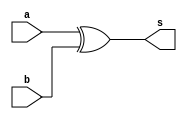
//------
//Exemplo0024
//Andre Campolina
//381247
//-------

//------
//comparador
//------

module halfComparador(output s, input a, input b);

	xor XOR1(s,a,b);
		
endmodule


module fullComparador(output s, input[2:0]a, input[2:0]b);
	wire w1;
	halfComparador h0(w1,a[0],b[0]);
	wire w2;
	halfComparador h1(w2,a[1],b[1]);
	wire w3;
	halfComparador h2(w3,a[2],b[2]);
	wire w4;
	and AND1(w4,w1,w2);
	and AND2(s,w4,w3);
	
endmodule

module test_fullComparador;
reg[2:0] x;
reg[2:0] y;
wire comp;

fullComparador f1(comp, x, y);

initial begin
#1 $display("exemplo0024 - Andre Campolina - 381217" );
#1 $display("Full Comparador");

x=3'b100;
y=3'b011;


#4 $display("%3b %3b %b", x, y, comp);
x=3'b011;
y=3'b011;


#4 $display("%3b %3b %b", x, y, comp);


end

endmodule